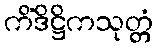
ကိံဒိဋ္ဌိကသုတ္တံ